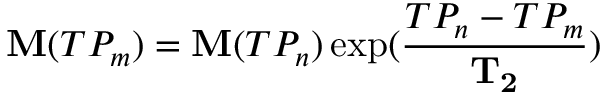
\mathbf { M } ( T P _ { m } ) = \mathbf { M } ( T P _ { n } ) \exp ( \frac { T P _ { n } - T P _ { m } } { \mathbf { T _ { 2 } } } )